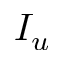
I _ { u }